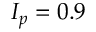
I _ { p } = 0 . 9